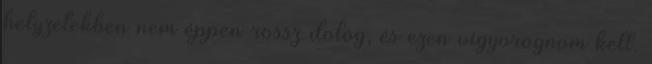
helyzetekben nem éppen rossz dolog, és ezen vigyorognom kell.